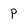
Character: p